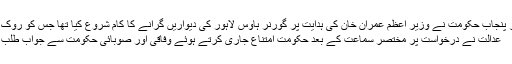
گزشتہ روز پنجاب حکومت نے وزیر اعظم عمران خان کی ہدایت پر گورنر ہاوس لاہور کی دیواریں گرانے کا کام شروع کیا تھا جس کو روک دیا گیا ہے
عدالت نے درخواست پر مختصر سماعت کے بعد حکومت امتناع جاری کرتے ہوئے وفاقی اور صوبائی حکومت سے جواب طلب کر لیا ہے۔